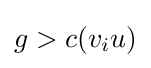
g>c(v_{i}u)